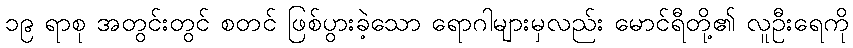
၁၉ ရာစု အတွင်းတွင် စတင် ဖြစ်ပွားခဲ့သော ရောဂါများမှလည်း မောင်ရီတို့၏ လူဦးရေကို